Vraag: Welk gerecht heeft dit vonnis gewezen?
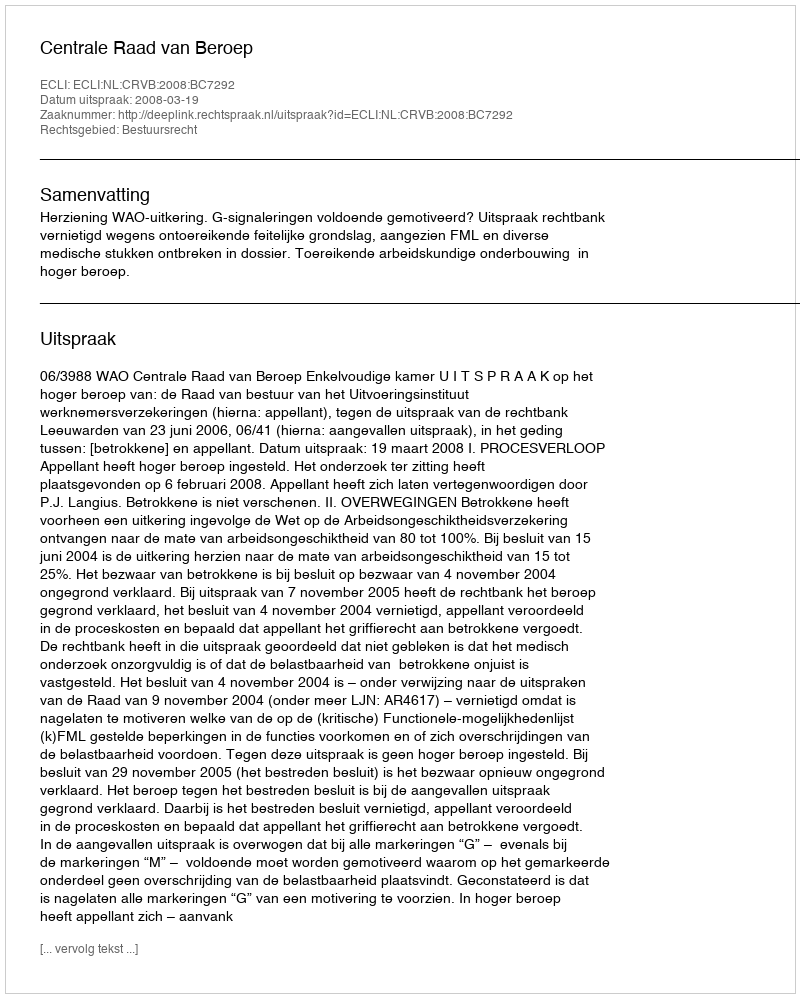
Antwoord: Centrale Raad van Beroep